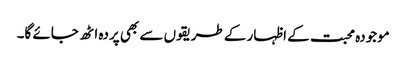
موجودہ محبت کے اظہار کے طریقوں سے بھی پردہ اٹھ جائے گا۔